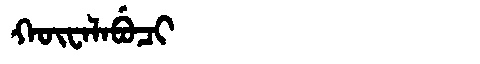
Manchu: ᡴᡡᠸᠠᠯᠠᠪᡠᠴᡳ
Romanization: KŪWALABUCI